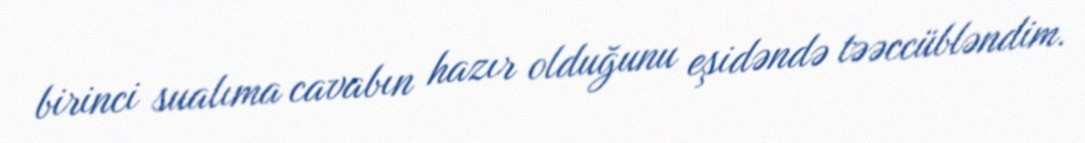
birinci sualıma cavabın hazır olduğunu eşidəndə təəccübləndim.